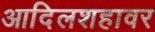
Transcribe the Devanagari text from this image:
आदिलशहावर